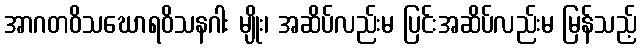
အာဂတဝိသဃောရဝိသနဂါး မျိုး၊ အဆိပ်လည်းမ ပြင်းအဆိပ်လည်းမ မြန်သည့်